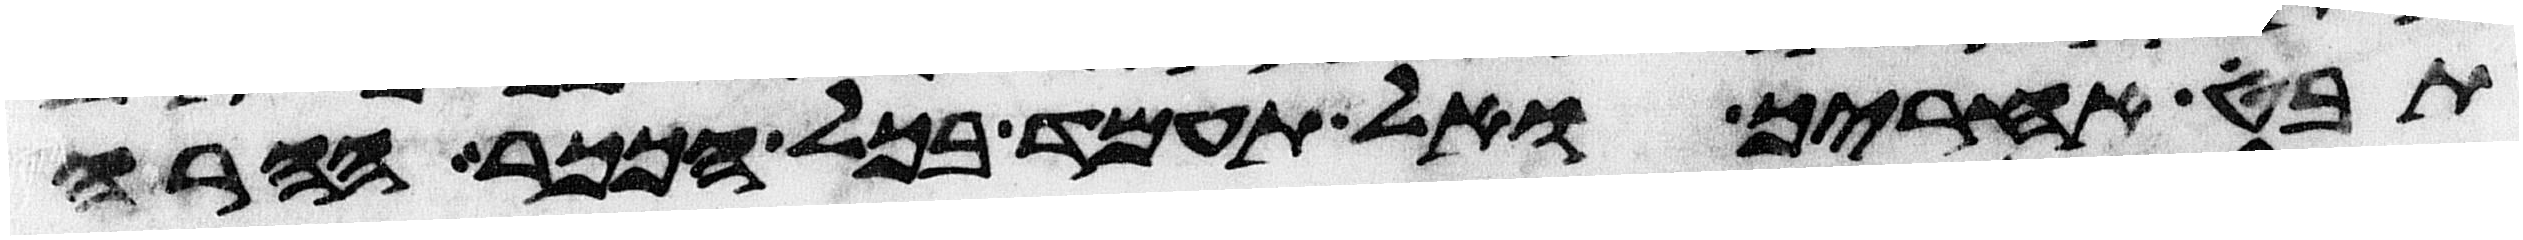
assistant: תבט אחריך ואל תעמד בכל הככר ההרה